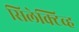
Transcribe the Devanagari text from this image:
सिलेक्टिव्ह